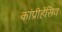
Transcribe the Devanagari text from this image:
कांप्रीहेंसिव